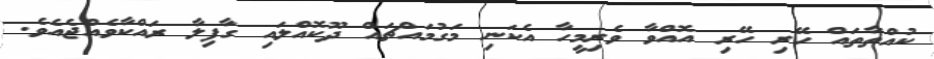
ކުއްތާތައް ހޭރި ހޭރި އޮއްވާ ވެރިމީހާ އެކަނި މަގުމައްޗައް ދޫކޮއްލައި ގާފިލާ ރައްކާވެއްޖެއެވެ.